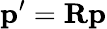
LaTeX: \mathbf{p^{\prime}}=\mathbf{Rp}